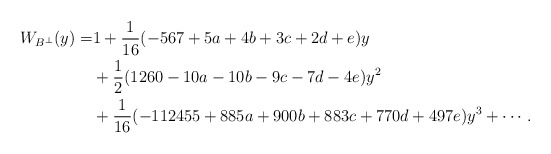
\begin{align*}W_{B^\perp}(y)=&1+\frac{1}{16}(- 567 + 5a + 4b + 3c + 2d + e) y\\&+\frac{1}{2}(1260 -10a - 10b - 9c - 7d - 4e) y^2\\&+\frac{1}{16}(- 112455 + 885a + 900b + 883c + 770d + 497e)y^3+ \cdots.\end{align*}